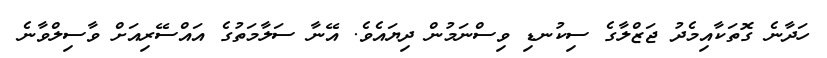
ހަދާނެ ގޮތަކާއިމެދު ޖަޒްލާގެ ސިކުނޑި ވިސްނަމުން ދިޔައެވެ. އޭނާ ސަލާމަތުގެ އައްސޭރިއަށް ވާސިލްވާނެ